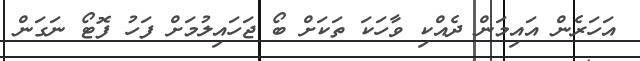
އަހަރެން އައިމަން ދެއްކި ވާހަކަ ތަކަށް ބޯ ޖަހައިލުމަށް ފަހު ފޮޓޯ ނަގަން